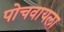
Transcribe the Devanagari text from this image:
पोचवायला